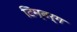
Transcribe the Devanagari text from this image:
टिम्बर्ग